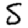
Digit: 5